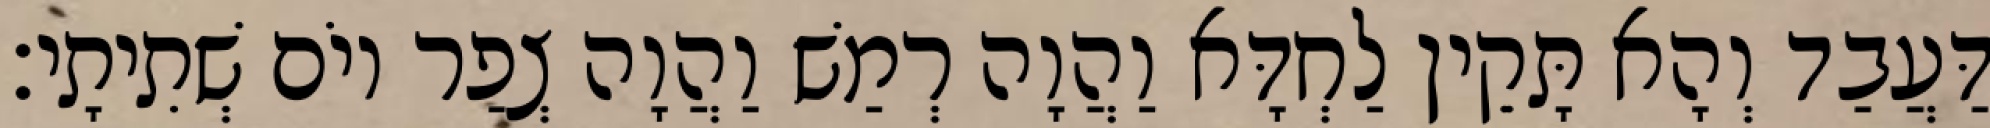
דַּעֲבַד וְהָא תָּקֵין לַחְדָּא וַהֲוָה רְמַשׁ וַהֲוָה צְפַר יוֹם שְׁתִיתָי׃